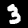
Label: 3